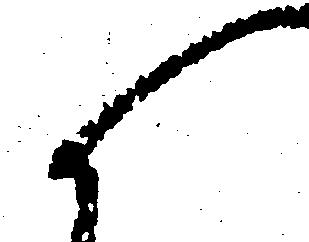
候